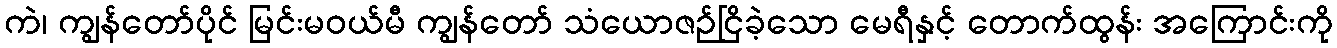
ကဲ၊ ကျွန်တော်ပိုင် မြင်းမဝယ်မီ ကျွန်တော် သံယောဇဉ်ငြိခဲ့သော မေရီနှင့် တောက်ထွန်း အကြောင်းကို